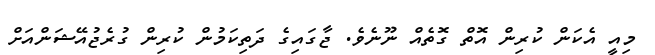
މިއީ އެކަން ކުރިން އޮތް ގޮތެއް ނޫނެވެ. ޖާގައިގެ ދަތިކަމުން ކުރިން ގުރެޖުއޭޝަންއަށް